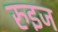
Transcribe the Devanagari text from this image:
रुइज